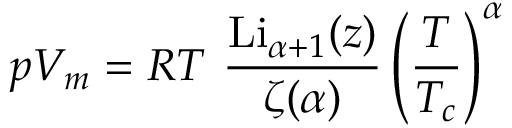
p V _ { m } = R T ~ { \frac { { \mathrm { L i } } _ { \alpha + 1 } ( z ) } { \zeta ( \alpha ) } } \left( { \frac { T } { T _ { c } } } \right) ^ { \alpha }